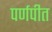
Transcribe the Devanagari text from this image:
पर्णपीत